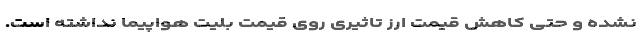
نشده و حتی کاهش قیمت ارز تاثیری روی قیمت بلیت هواپیما نداشته است.